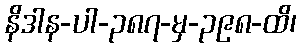
နိဒါန-ပါ-၃၈၇-မှ-၃၉၈-ထိ၊